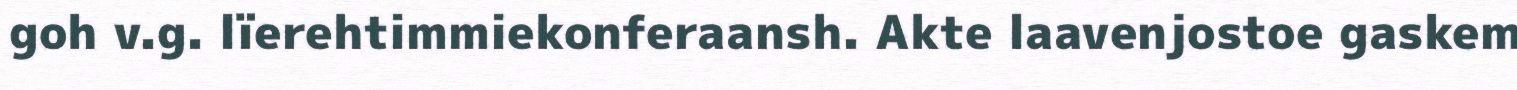
goh v.g. lïerehtimmiekonferaansh. Akte laavenjostoe gaskem